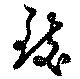
致